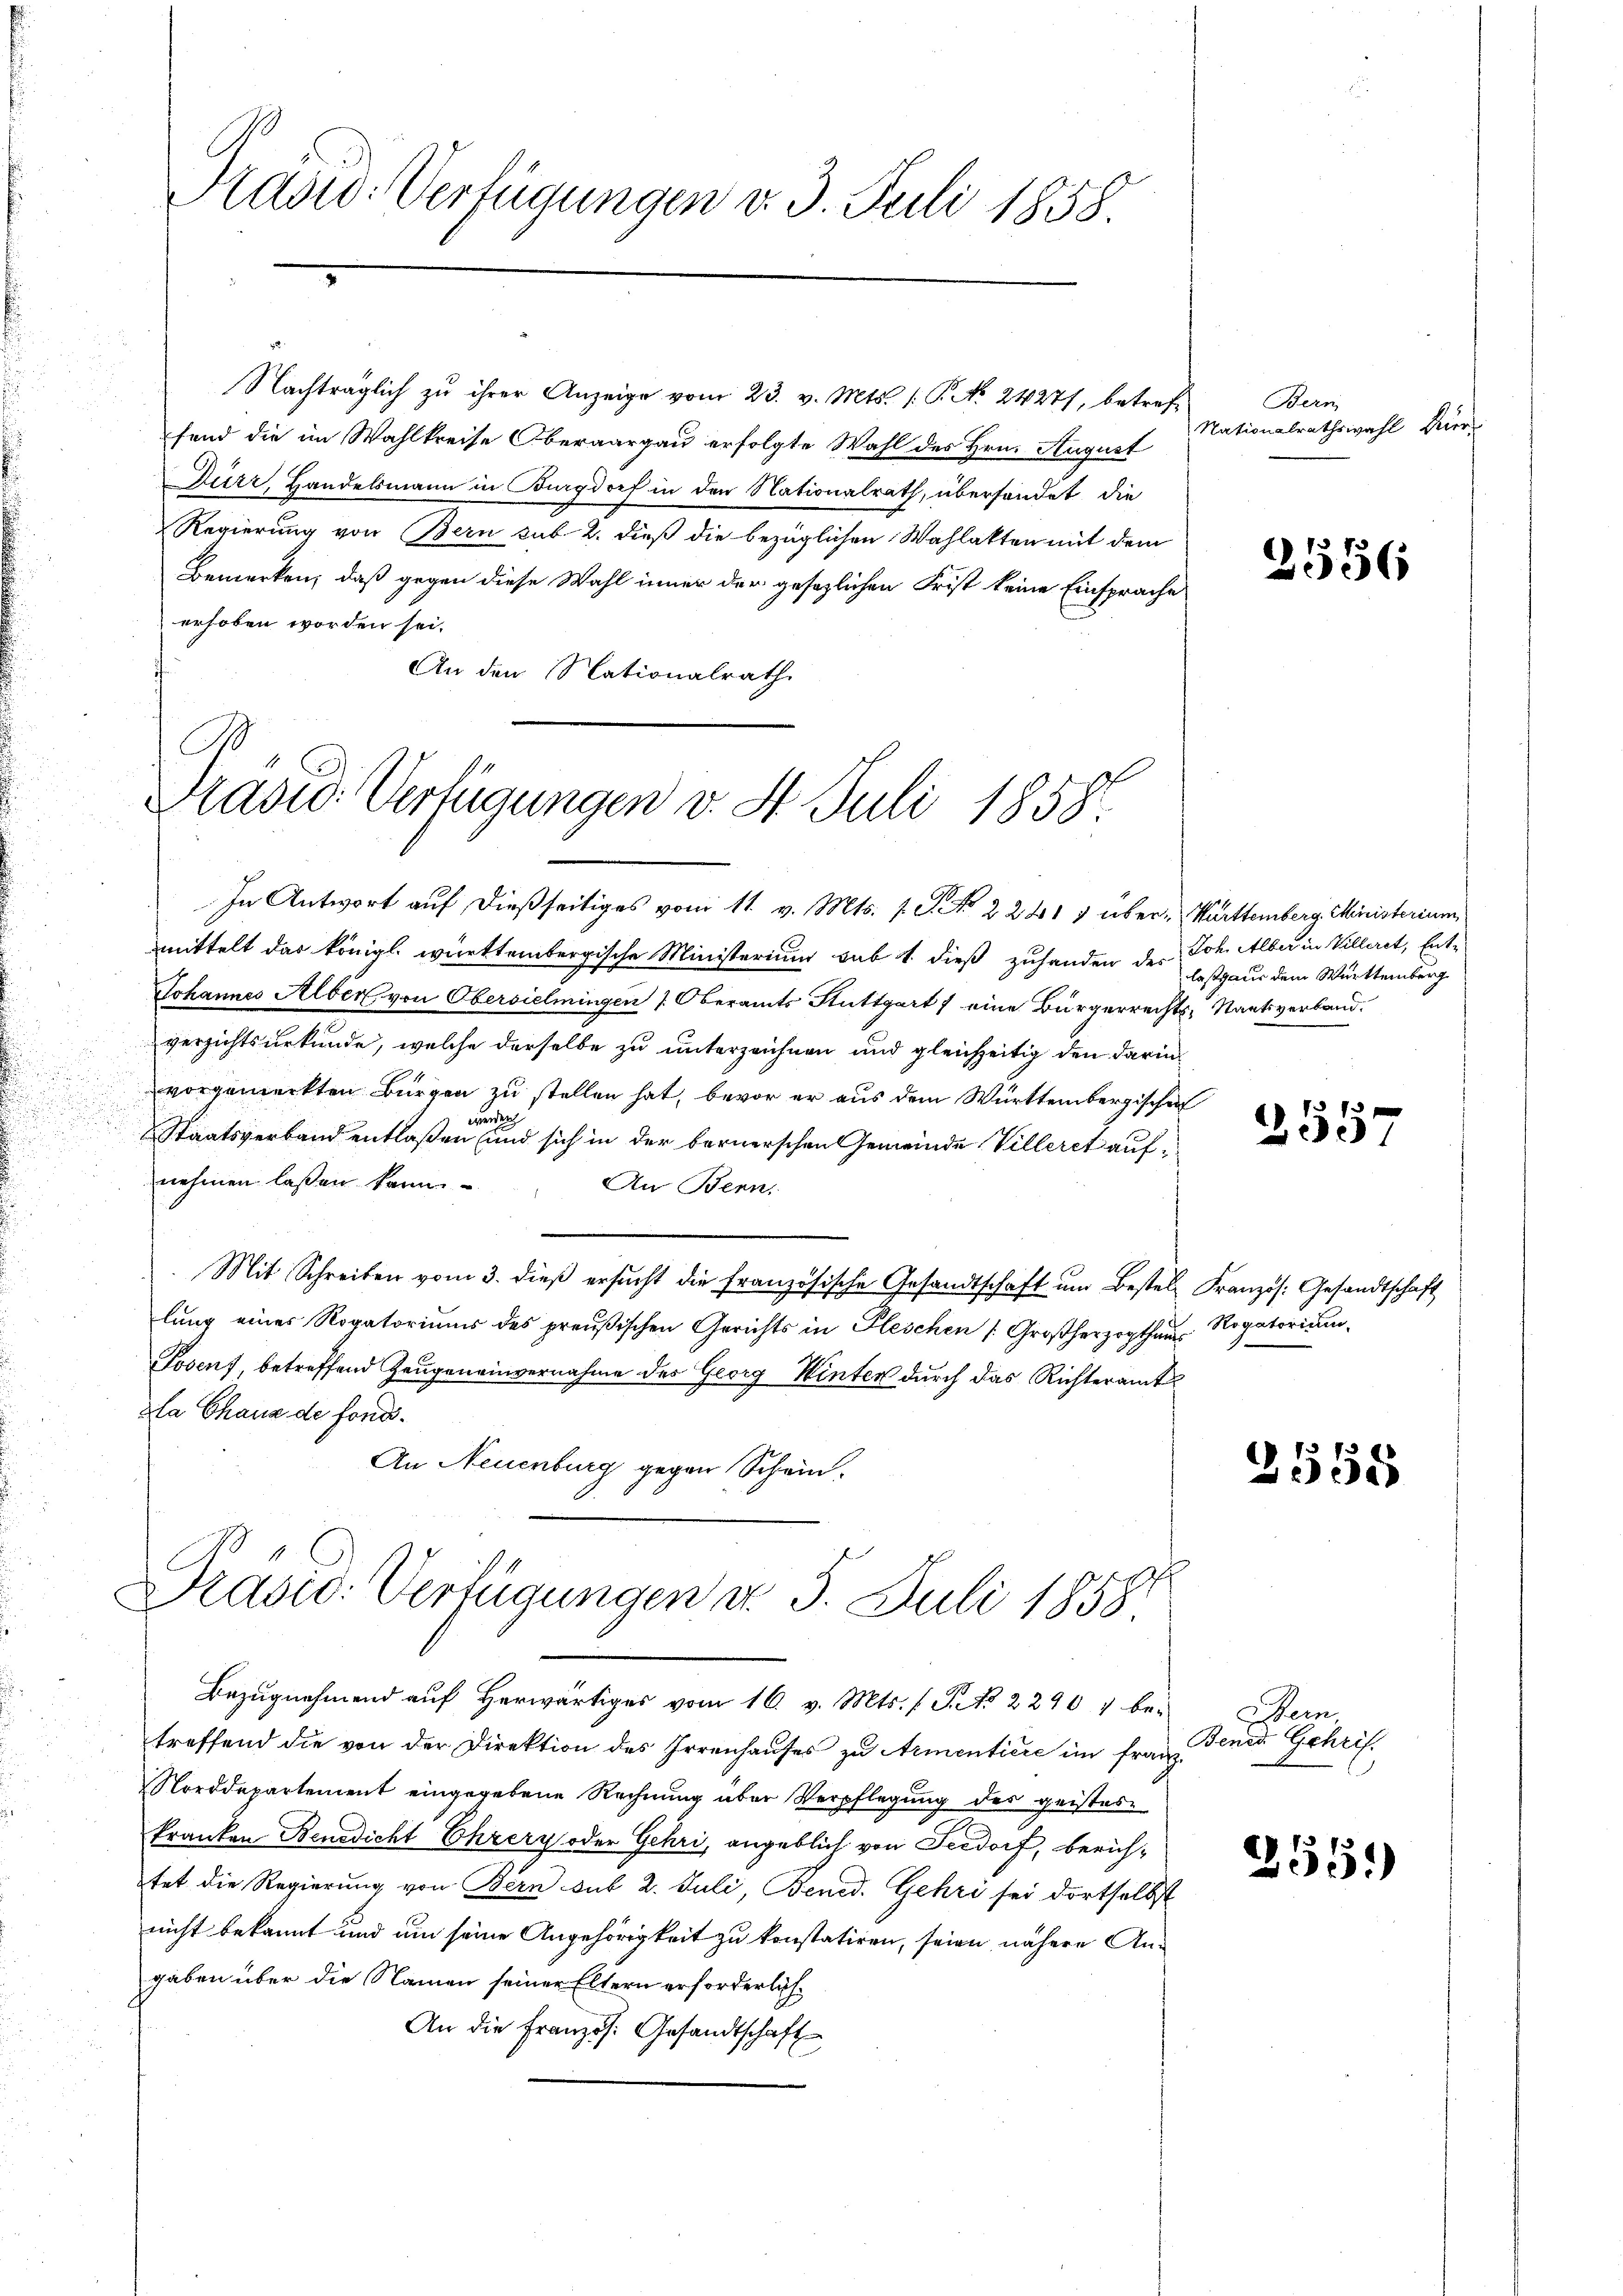
Praswo-Verfügungen v. 3. Juli 1858.

Nachträglich zu ihrer Anzeige vom 23. v. Mts. (T. No 24271, betreffend die im Wahlkreise Oberaargau erfolgte Wahl des Hrn. August
Dürr, Handelsmann in Burgdorf in den Nationalrath, übersandet die
Regierung von Bern sub. 2. dieß die bezüglichen Wahlakten mit dem
Bemerken, daß gegen diese Wahl inner der gesezlichen Frist keine Einsprache
erhoben worden sei.
An den Nationalrath

Prasis Verfügungen v. St. Juli 1858.

In Antwort auf dießseitiges vom 11. v. Mts. f. C. No 2241 1 über-Württemberg Ministerium
mittelt das königl. württembergische Ministerium sub 1. dieß zuhanden der Joh. Alber in Villiret, Ent¬
Johannes Alber von Obersielmingen Oberamts Stuttgart / eine Bürgerrechts-Staatsverband.
verzichtsurkunde, welche derselbe zu unterzeichnen und gleichzeitig den darin
vorgemerkten Bürgen zu stellen hat, bevor er aus dem Württembergischen
wenden
 Staatsverband entlaßen und sich in der bernerschen Gemeinde Villeret aufnehmen laßen kann.
An Bern.
Mit Schreiben vom 3. dieβ ersŭcht die französische Gesandtschaft um Bestel Französ. Gesandtschaft
lung eines Rogatoriums des preußischen Gerichts in Pleschen (Großherzogthum Rogatorium
Josenf, betreffend Zeugeneinvernahme des Georg Winter durch das Richteramt
la Chaus de fondi¬
An Neuenburg gegen Schein.

Prasio: Verfügungen d. 5. Juli 1858.

Bezugnahmend auf herwärtiges vom 16. v. Mts. f. S. No 22907 bei
treffend die von der Direktion des Irrenhaŭses zu Armenticre im franz
NNorddepartement eingegebene Rechnung über Verpflegung des geistes-
kranken Benedicht Ehrery oder Gehri, angeblich von Feedorf, berichtet die Regierung von Bern sub 2. Juli, Bened. Gehri sei dortselbst
nicht bekannt und um seine Angehörigkeit zu konstatiren, seien, nähere Angaben über die Namen seiner Eltern erforderlich¬
An die Französ. Gesandtschaft

Bern
Nationalrathswahl Kier

2556

lasgaus dem Württemberg

10 x
200

2555

Stein
Bened Gehrif

2551)